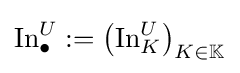
\operatorname {In} _{\bullet }^{U}:=\left(\operatorname {In} _{K}^{U}\right)_{K\in \mathbb {K} }